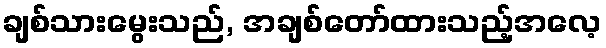
ချစ်သားမွေးသည်, အချစ်တော်ထားသည့်အလေ့